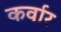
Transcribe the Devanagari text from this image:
कर्वार